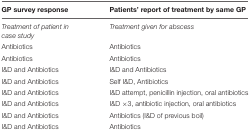
<table><thead><tr><td><b>GP survey response</b></td><td><b>Patients’ report of treatment by same GP</b></td></tr></thead><tbody><tr><td><i>Treatment of patient in case study</i></td><td><i>Treatment given for abscess</i></td></tr><tr><td>Antibiotics</td><td>Antibiotics</td></tr><tr><td>Antibiotics</td><td>Antibiotics</td></tr><tr><td>I&amp;D and Antibiotics</td><td>I&amp;D and Antibiotics</td></tr><tr><td>I&amp;D and Antibiotics</td><td>Self I&amp;D, Antibiotics</td></tr><tr><td>I&amp;D and Antibiotics</td><td>I&amp;D attempt, penicillin injection, oral antibiotics</td></tr><tr><td>I&amp;D and Antibiotics</td><td>I&amp;D ×3, antibiotic injection, oral antibiotics</td></tr><tr><td>I&amp;D and Antibiotics</td><td>Antibiotics (I&amp;D of previous boil)</td></tr><tr><td>I&amp;D and Antibiotics</td><td>Antibiotics</td></tr></tbody></table>